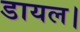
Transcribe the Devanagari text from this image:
डायल।